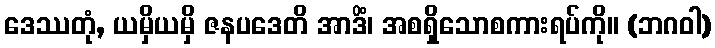
ဒေဿတုံ, ယမှိယမှိ ဇနပဒေတိ အာဒိံ၊ အစရှိသောစကားရပ်ကို။ (ဘဂဝါ)